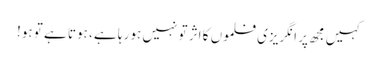
کہیں مجھ پر انگریزی فلموں کا اثر تو نہیں ہو رہا ہے ، ہوتا ہے تو ہو!